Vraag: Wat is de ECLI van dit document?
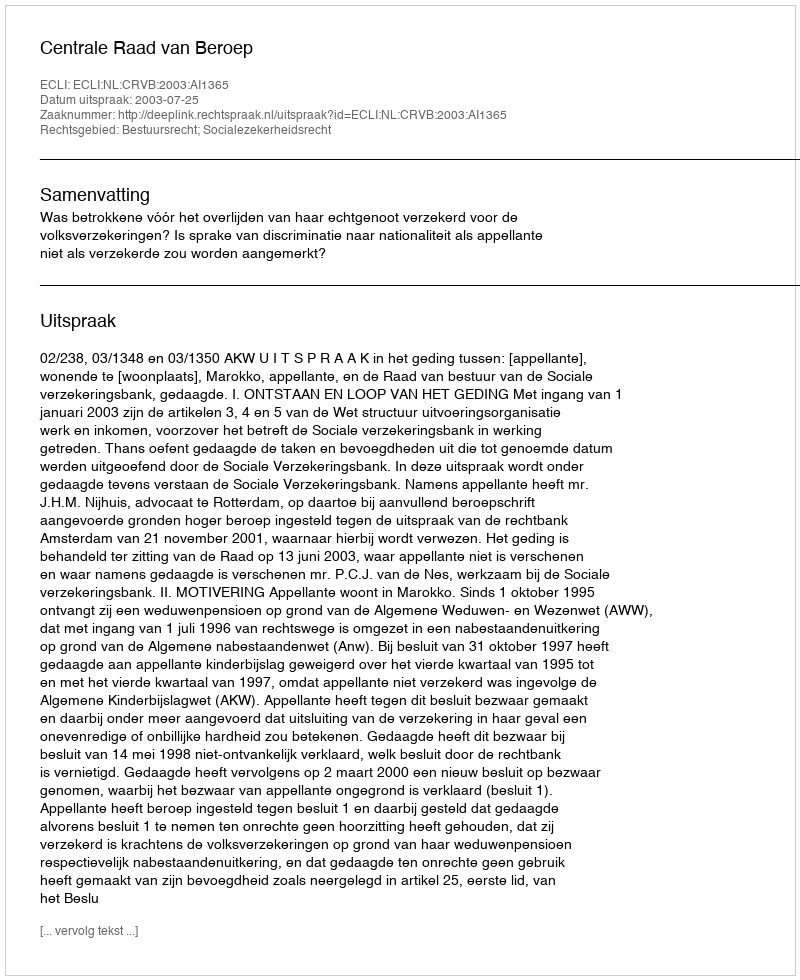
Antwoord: ECLI:NL:CRVB:2003:AI1365